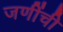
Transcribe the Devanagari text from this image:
जणींची